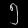
Digit: ၅